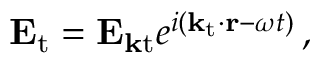
\mathbf { E } _ { \mathrm { t } } = \mathbf { E } _ { \mathbf { k } { \mathrm { t } } } e ^ { i ( \mathbf { k _ { \mathrm { t } } \cdot r } - \omega t ) } \, ,